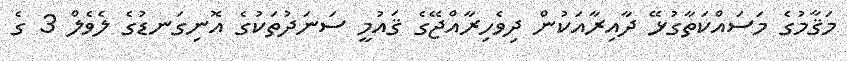
މަޤާމުގެ މަސައްކަތާގުޅޭ ދާއިރާއަކުން ދިވެހިރާއްޖޭގެ ޤައުމީ ސަނަދުތަކުގެ އޮނިގަނޑުގެ ލެވެލް 3 ގެ